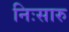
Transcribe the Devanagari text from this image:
निःसारु